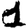
Digit: 1